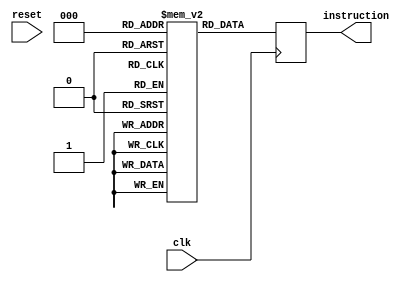
//Ankit Jain (17CO208) and Abhinav PY (17CO103)
module instructionFetch(clk,reset,instruction);
reg[31:0] IM[0:7];
input clk,reset;
output reg[31:0] instruction;
reg[2:0] pc;


initial
begin
	pc<=0;
	IM[0]=32'haffa01aa;
	IM[1]=32'habcdef12;
	IM[2]=32'h09128745;
	IM[3]=32'h1839405f;
	IM[4]=32'habcef264;
	IM[5]=32'h3682bcef;
	IM[6]=32'h18364789;
	IM[7]=32'hafccaaaa;
end

always@(posedge reset)
begin
	
	pc<=3'b0;
end

always@(posedge clk)
begin
	//$display("after posedge");
	instruction<=IM[pc];
	pc=pc+1;
end

endmodule